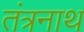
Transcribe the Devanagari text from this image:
तंत्रनाथ